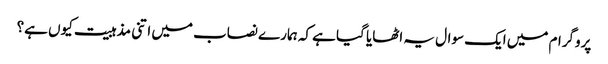
پروگرام میں ایک سوال یہ اٹھایا گیا ہے کہ ہمارے نصاب میں اتنی مذہبیت کیوں ہے؟